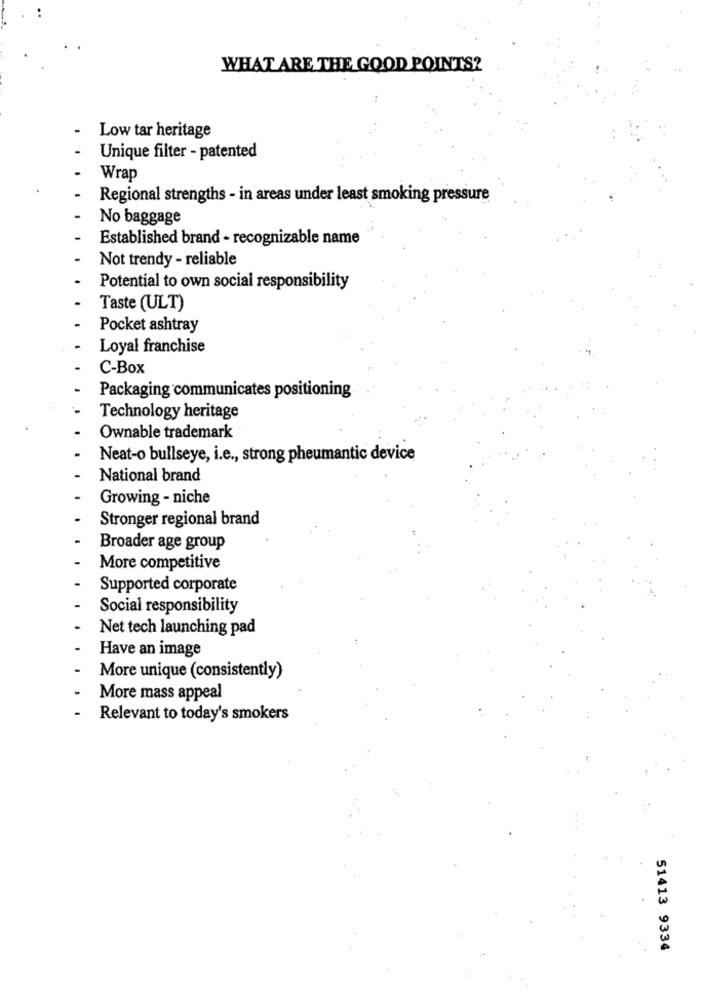
WHAT ARE THE GOOD POINTS?
Low tar heritage
Unique filter - patented
Wrap
Regional strengths - in areas under least smoking pressure
No baggage
Established brand - recognizable name
Not trendy - reliable
Potential to own social responsibility
Taste (ULT)
Pocket ashtray
Loyal franchise
C-Box
Packaging communicates positioning
Technology heritage
Ownable trademark
Neat-o bullseye, i.e ., strong pheumantic device
National brand
Growing - niche
Stronger regional brand
Broader age group
More competitive
Supported corporate
Social responsibility
Net tech launching pad
Have an image
More unique (consistently)
More mass appeal
Relevant to today's smokers
51413 9334